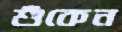
শুঁকেন